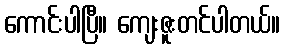
ကောင်းပါပြီ။ ကျေးဇူးတင်ပါတယ်။